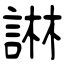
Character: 諃